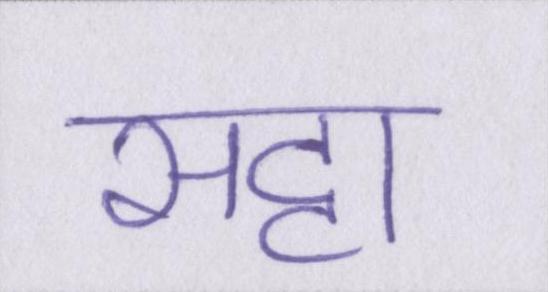
सट्टा